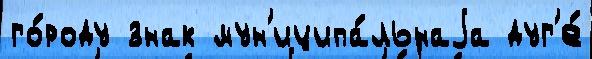
го́роду знак мун'иципа́льнаjа дуг'е́